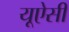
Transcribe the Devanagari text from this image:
यूऐसी